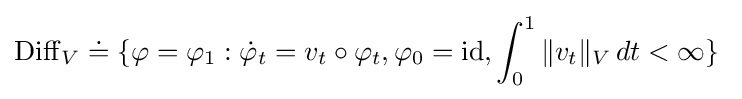
\operatorname {Diff} _{V}\doteq \{\varphi =\varphi _{1}:{\dot {\varphi }}_{t}=v_{t}\circ \varphi _{t},\varphi _{0}={\rm {id}},\int _{0}^{1}\|v_{t}\|_{V}\,dt<\infty \}\